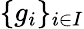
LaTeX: \{ g_{i}\} _{i\in I}